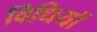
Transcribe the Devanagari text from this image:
विधियॉ